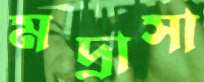
মদ্রাসা